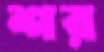
শর